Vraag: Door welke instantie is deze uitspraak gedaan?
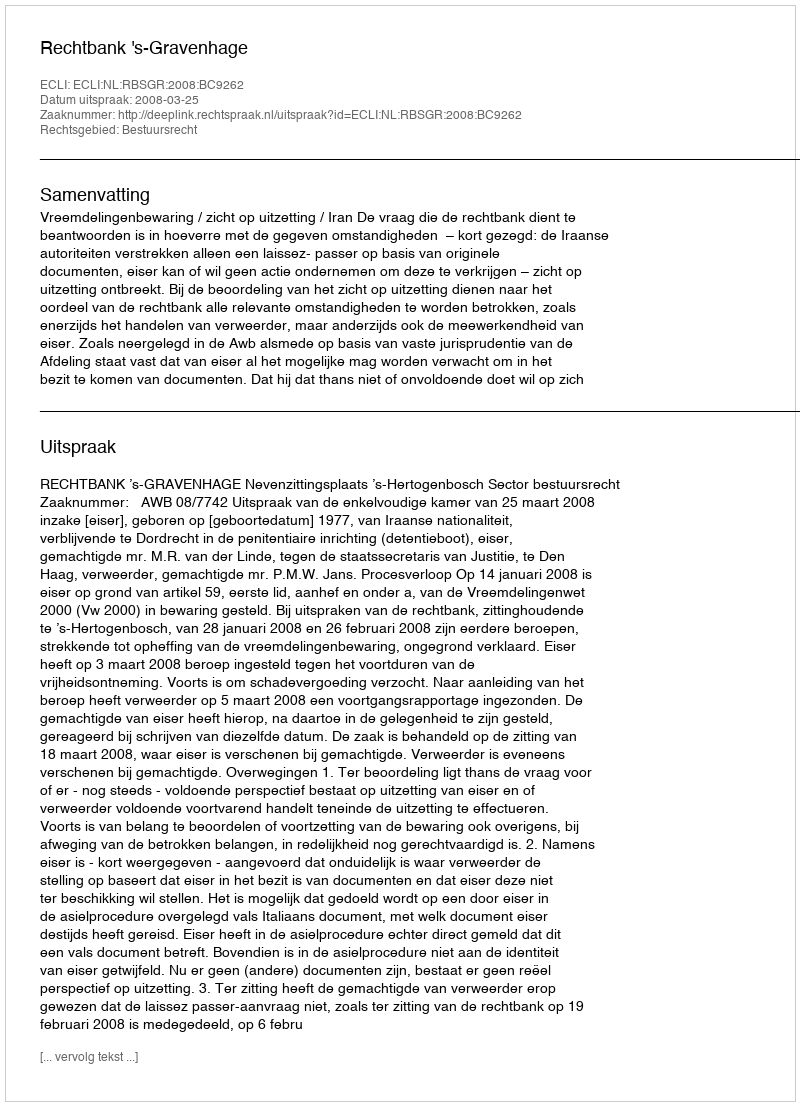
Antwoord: Rechtbank 's-Gravenhage